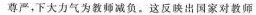
尊严，下大力气为教师减负。这反映出国家对教师